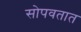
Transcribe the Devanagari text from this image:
सोपवतात